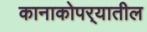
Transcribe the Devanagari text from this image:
कानाकोपर्‍यातील